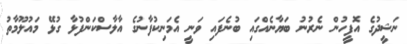
ނަޝީދުގެ އޮފީހުން ނެރުނު ބަޔާނެއްގައި ބުނެފައި ވަނީ އެމަނިކުފާނުގެ އާލާސްކަންފުޅާ ގުޅޭ މައުލޫމާތު